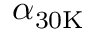
\alpha _ { \mathrm { { 3 0 K } } }